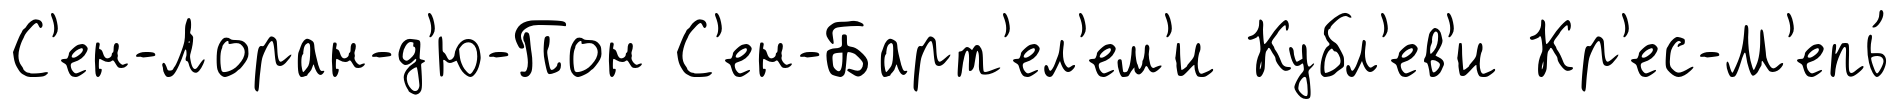
С'ен-Лоран-д'ю-Пон С'ен-Барт'ел'ем'и Кубл'ев'и Кр'ес-М'епь́